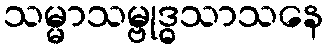
သမ္မာသမ္ဗုဒ္ဓသာသနေ